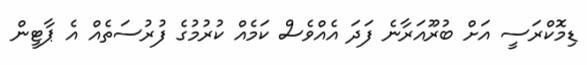
ޑިމޮކްރަސީ އަށް ބުރޫއަރާނެ ފަދަ އެއްވެސް ކަމެއް ކުރުމުގެ ފުރުސަތެއް އެ ޕާޓީން